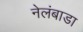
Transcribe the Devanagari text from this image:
नेलंबाडा